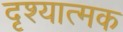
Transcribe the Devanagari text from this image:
दृश्‍यात्‍मक